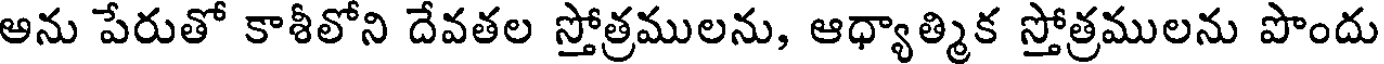
అను పేరుతో కాశీలోని దేవతల స్తోత్రములను, ఆధ్యాత్మిక స్తోత్రములను పొందు